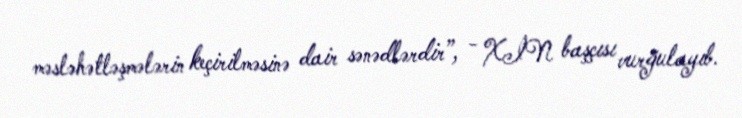
məsləhətləşmələrin keçirilməsinə dair sənədlərdir”, - XİN başçısı vurğulayıb.